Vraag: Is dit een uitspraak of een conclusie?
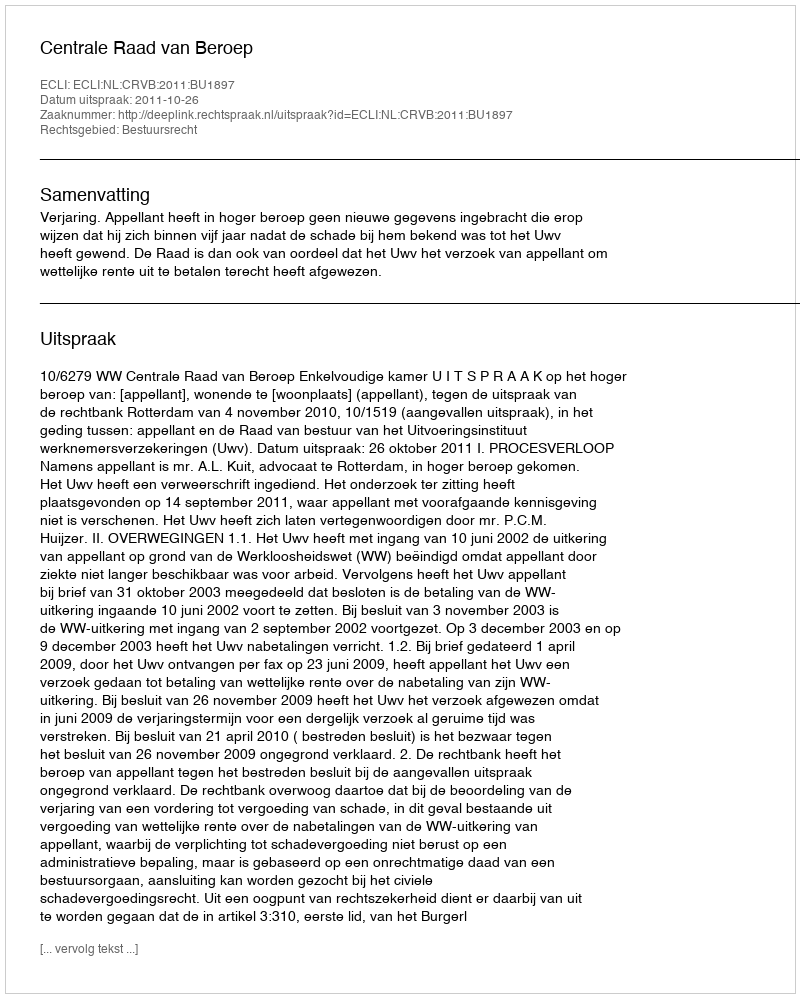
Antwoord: Uitspraak